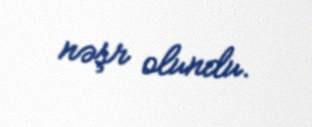
nəşr olundu.